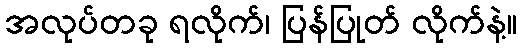
အလုပ်တခု ရလိုက်၊ ပြန်ပြုတ် လိုက်နဲ့။